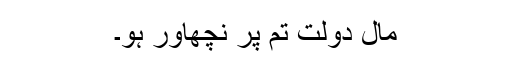
مال دولت تم پر نچھاور ہو۔